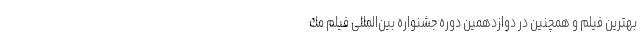
بهترين فيلم و همچنین در دوازدهمين دوره جشنواره بین‌المللی فيلم مك